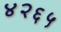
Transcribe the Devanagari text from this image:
४२६५